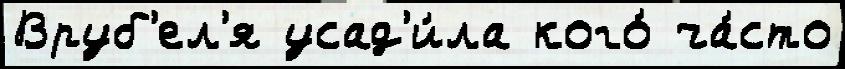
Вруб'ел'я усад'и́ла кого́ ча́сто